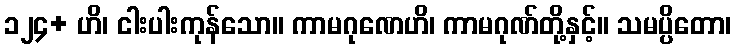
၁၂၄+ ဟိ၊ ငါးပါးကုန်သော။ ကာမဂုဏေဟိ၊ ကာမဂုဏ်တို့နှင့်။ သမပ္ပိတော၊